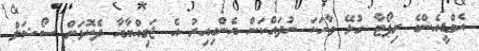
އެމްޑީއެންގެ ރިޕޯޓާ ގުޅޭ ވާހަކަ ނުދައްކަން އެންގިއިރު އެ ޖަމިއްޔާއާ ދެކޮޅަށް ސޯޝަލް